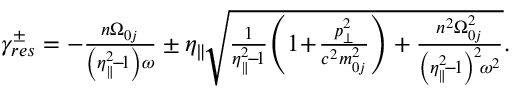
\begin{array} { r } { \gamma _ { r e s } ^ { \pm } = - \frac { n \Omega _ { 0 j } } { \left( \eta _ { \parallel } ^ { 2 } \! - \! 1 \right) \omega } \pm \eta _ { \parallel } \! \sqrt { \frac { 1 } { \eta _ { \parallel } ^ { 2 } \! - \! 1 } \! \left( 1 \! + \! \frac { p _ { \perp } ^ { 2 } } { c ^ { 2 } m _ { 0 j } ^ { 2 } } \right) + \frac { n ^ { 2 } \Omega _ { 0 j } ^ { 2 } } { \left( \eta _ { \parallel } ^ { 2 } \! - \! 1 \right) ^ { 2 } \! \omega ^ { 2 } } } . } \end{array}